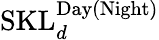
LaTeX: \mathrm{SKL}_{d}^{\mathrm{Day(Night)}}